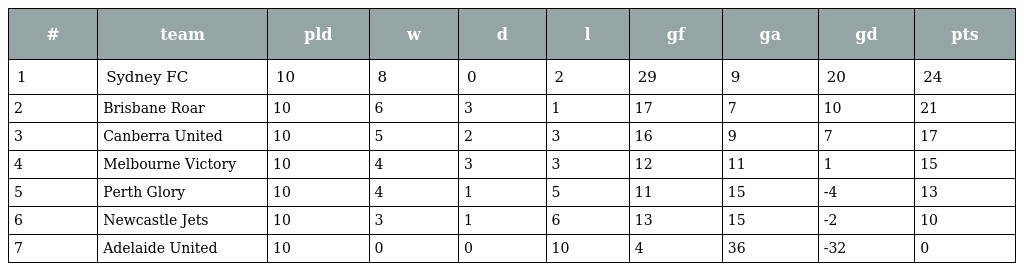
| # | team | pld | w | d | l | gf | ga | gd | pts |
 | --- | --- | --- | --- | --- | --- | --- | --- | --- | --- |
 | 1 | Sydney FC | 10 | 8 | 0 | 2 | 29 | 9 | 20 | 24 |
 | 2 | Brisbane Roar | 10 | 6 | 3 | 1 | 17 | 7 | 10 | 21 |
 | 3 | Canberra United | 10 | 5 | 2 | 3 | 16 | 9 | 7 | 17 |
 | 4 | Melbourne Victory | 10 | 4 | 3 | 3 | 12 | 11 | 1 | 15 |
 | 5 | Perth Glory | 10 | 4 | 1 | 5 | 11 | 15 | -4 | 13 |
 | 6 | Newcastle Jets | 10 | 3 | 1 | 6 | 13 | 15 | -2 | 10 |
 | 7 | Adelaide United | 10 | 0 | 0 | 10 | 4 | 36 | -32 | 0 |